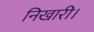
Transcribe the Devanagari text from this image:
निखारी।